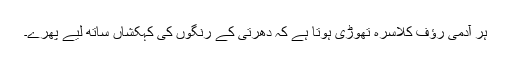
ہر آدمی رؤف کلاسرہ تھوڑی ہوتا ہے کہ دھرتی کے رنگوں کی کہکشاں ساتھ لیے پھرے۔